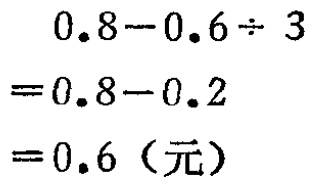
\[
\begin{align*}
&0.8 - 0.6\div 3\\
=&0.8 - 0.2\\
=&0.6（元）
\end{align*}
\]